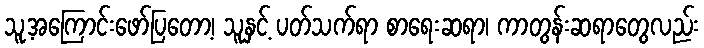
သူ့အကြောင်းဖော်ပြတော့၊ သူနှင့် ပတ်သက်ရာ စာရေးဆရာ၊ ကာတွန်းဆရာတွေလည်း